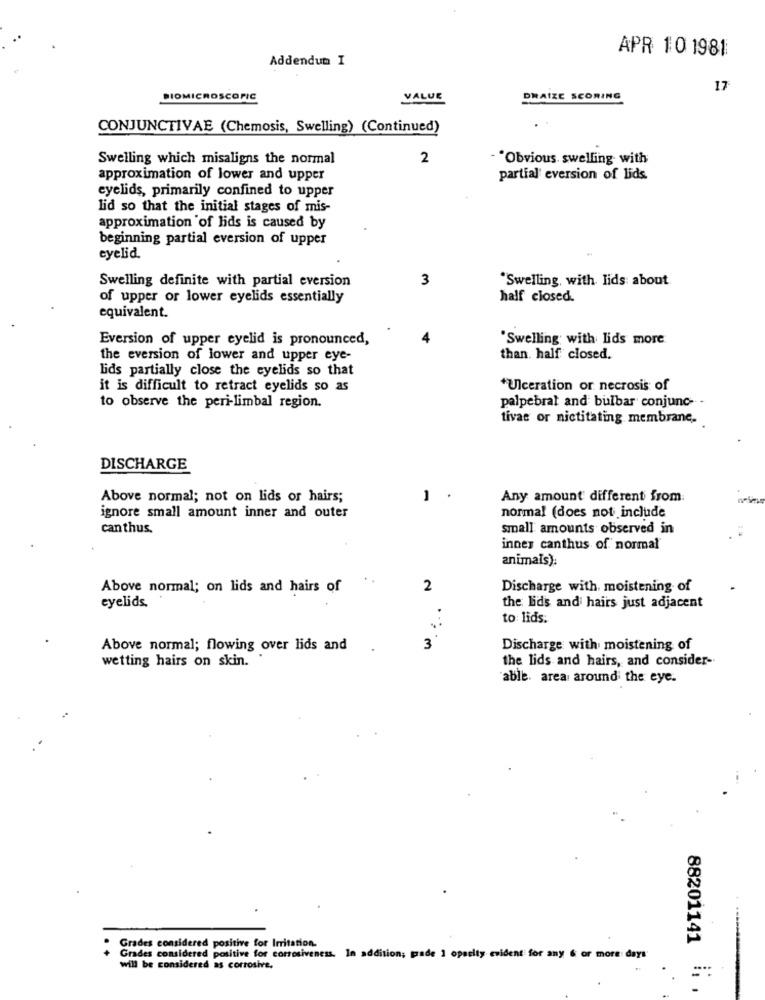
APR 10 1981
Addendum I
17
BIOMICROSCOPIC
VALUE
DRAIZE SCORING
CONJUNCTIVAE (Chemosis, Swelling) (Continued)
Swelling which misaligns the normal
2
- "Obvious. swelling with
approximation of lower and upper
partial eversion of lids.
eyelids, primarily confined to upper
lid so that the initial stages of mis-
approximation of lids is caused by
beginning partial eversion of upper
eyelid.
Swelling definite with partial eversion
3
"Swelling, with. lids about
of upper or lower eyelids essentially
half closed.
equivalent.
Eversion of upper eyelid is pronounced,
'Swelling with lids more
the eversion of lower and upper eye-
than. half closed.
lids partially close the eyelids so that
it is difficult to retract eyelids so as
*Ulceration or necrosis of
to observe the peri-limbal region.
palpebral and bulbar conjunc --
tivae or nictitating membrane.
DISCHARGE
Above normal; not on lids or hairs;
.
Any amount different from:
normal (does not include
ignore small amount inner and outer
canthus.
small amounts observed in
innes canthus of normal
animals):
Above normal; on lids and hairs of
2
Discharge with. moistening of
eyelids.
the lids and hairs just adjacent
to: lids.
Above normal; flowing over lids and
3
Discharge with moistening of
wetting hairs on skin.
the lids and hairs, and consider-
"able. area around the eye.
88201141
Grades considered positive for Irritation.
Grades considered positive for corrosiveness. In addition; pade 1 opacity evident for any & or more days'
will be considered as corrosive.